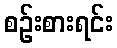
စဉ်းစားရင်း